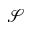
\mathscr { S }